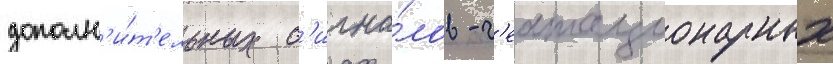
дополн'и́т'ельных с'игна́лов - г'еостационарных